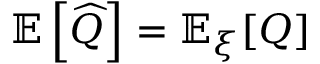
\mathbb { E } \left[ \widehat { Q } \right] = \mathbb { E } _ { \xi } [ Q ]